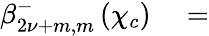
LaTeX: \begin{array}{rl}{\beta_{2{\nu}+m,m}^{-}\left(\chi_{c}\right)}&{{}=}\end{array}